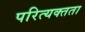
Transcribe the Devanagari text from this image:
परित्यक्तता